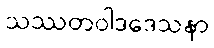
သဿတဝါဒဒေသနာ